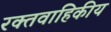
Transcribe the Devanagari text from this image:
रक्तवाहिकीय